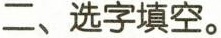
二、选字填空。